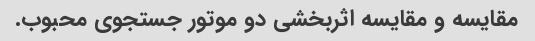
مقایسه و مقایسه اثربخشی دو موتور جستجوی محبوب.